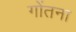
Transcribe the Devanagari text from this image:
गोंतना